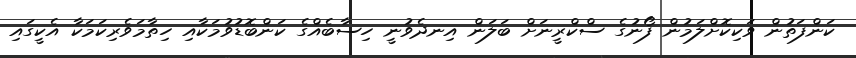
ކަންފަތުން ވަކިކޮށްލަމުން ފޯނުގެ ސްކްރީނަށް ބަލަން އިނދެވުނީ ހިސާބެއްގެ ކަންބޮޑުވުމަކާއި ހިތާމަވެރިކަމަކާ އެކީގައި